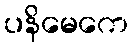
ပနိမေကေ